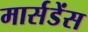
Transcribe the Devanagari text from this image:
मार्सडेंस